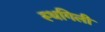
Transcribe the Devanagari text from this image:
स्थगिली